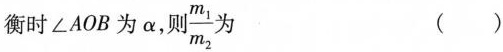
衡时\angle AOB为\alpha，则 \frac{m_{1}}{m_{2}}为()